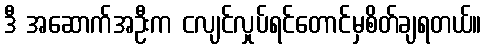
ဒီ အဆောက်အဦးက ငလျင်လှုပ်ရင်တောင်မှစိတ်ချရတယ်။